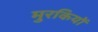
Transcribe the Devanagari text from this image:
मुरकियों